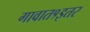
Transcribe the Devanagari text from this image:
गावात१इतर